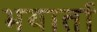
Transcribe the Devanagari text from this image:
भयार्ता